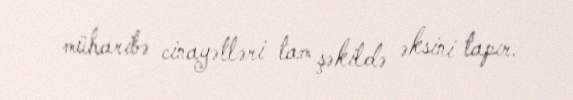
müharibə cinayətləri tam şəkildə əksini tapır.